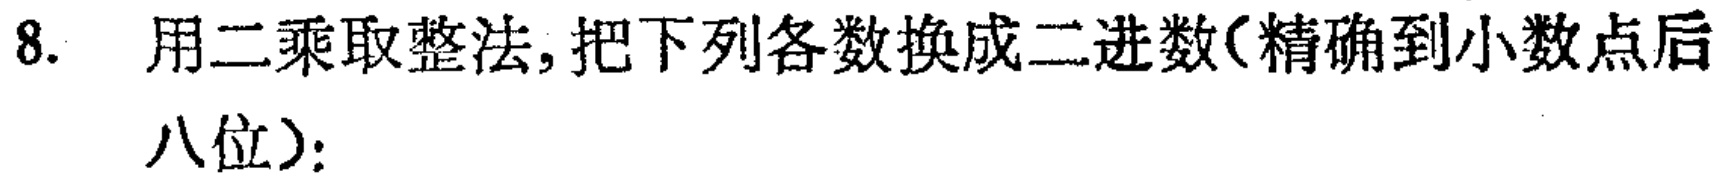
8. 用二乘取整法,把下列各数换成二进数(精确到小数点后八位):